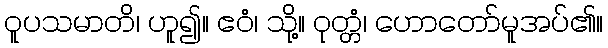
ဝူပသမာတိ၊ ဟူ၍။ ဧဝံ၊ သို့။ ဝုတ္တံ၊ ဟောတော်မူအပ်၏။